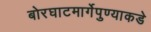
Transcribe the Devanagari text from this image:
बोरघाटमार्गेपुण्याकडे